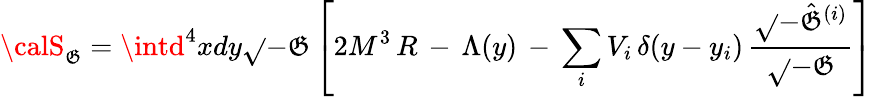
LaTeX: {\calS}_{\mathfrak{G}}=\intd^{4}xdy\sqrt{}{{-\mathfrak{G}}}\left[2M^{3}\, R\, -\, \Lambda(y)\, -\, \sum_{i}V_{i}\, \delta(y-y_{i})\, \frac{{\sqrt{}{{-\hat{{\mathfrak{G}}}^{(i)}}}}}{{\sqrt{}{{-\mathfrak{G}}}}}\right]